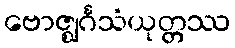
ဗောဇ္ဈင်္ဂသံယုတ္တဿ